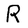
Character: R